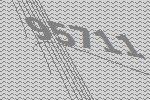
95711